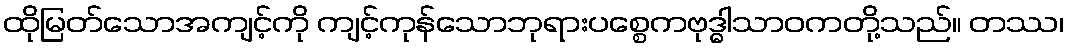
ထိုမြတ်သောအကျင့်ကို ကျင့်ကုန်သောဘုရားပစ္စေကဗုဒ္ဓါသာဝကတို့သည်။ တဿ၊